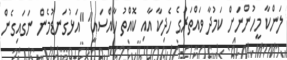
ލަންކާ މީހުންނަށް ކަމުދާ ވައްތަރުގެ ހެދިކާ އާއި ކޮއްތު ހާއްސައީ" "އަޅުގަނޑުމެން ނަގައިގެން